Vaccine operations Central Provinces & Berar 1912-1920 - 1912-1920
Year: 1912
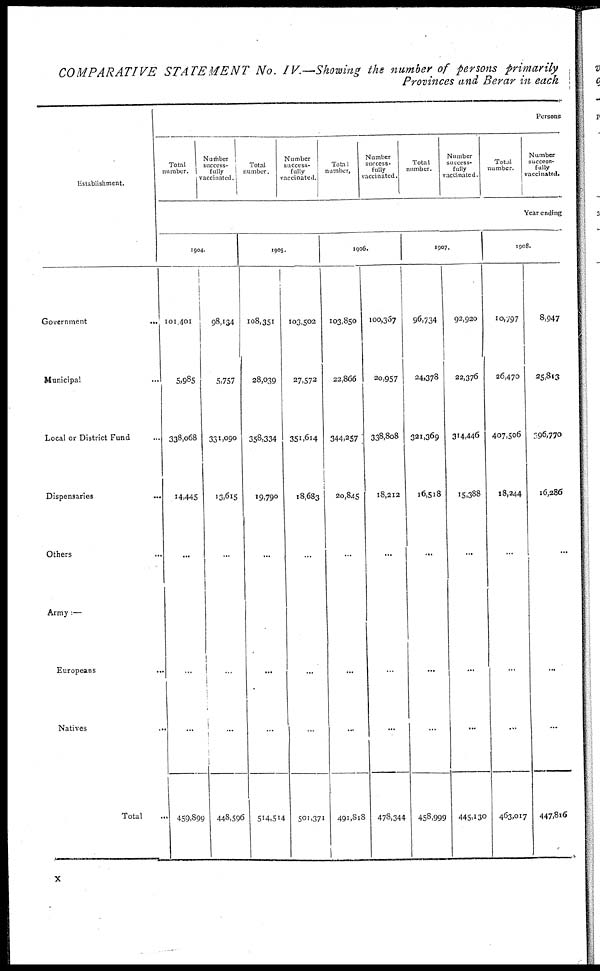
COMPARATIVE STATEMENT No. IV.—Showing the number of persons primarily
Provinces and Berar in each
Establishment.
Government
...
Municipal ...
Local or District Fund ...
Dispensaries ...
Others ...
Army:—
Europeans
...
Natives ...
Total ...
Persons
Total
number.
Number
success¬
fully
vaccinated.
Total
number.
Number
success-
fully
vaccinated.
Total
number.
Number
success-
fully
vaccinated.
Total
number.
Number
success-
fully
vaccinated.
Total
number.
Number
success-
fully
vaccinated.
Year ending
1904.
101.401
5,985
338,068
14,445
...
...
...
459,899
98,134
5,757
331,090
13,615
...
...
...
448,596
1905.
108,351
28,039
358,334
19,790
...
...
...
514,514
103,502
27,572
351,614
18,683
...
...
...
501,371
1906.
103,850
22,866
344,257
20,845
...
...
...
491,818
100,367
20,957
338,808
18,212
...
...
...
478,344
1907.
96,734
24,378
321,369
16,518
...
...
...
458,999
92,920
22,376
314,446
15,388
...
...
...
445,130
1908.
10,797
26,470
407,506
18,244
...
...
...
463,017
8,947
25,813
396,770
16,286
...
...
...
447,816
x